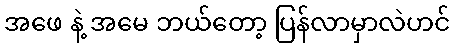
အဖေ နဲ့ အမေ ဘယ်တော့ ပြန်လာမှာလဲဟင်